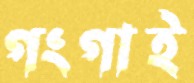
গংগাই